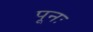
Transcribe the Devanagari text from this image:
पूनः